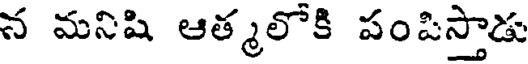
న మనిషి ఆత్మలోకి పంపిస్తాడు